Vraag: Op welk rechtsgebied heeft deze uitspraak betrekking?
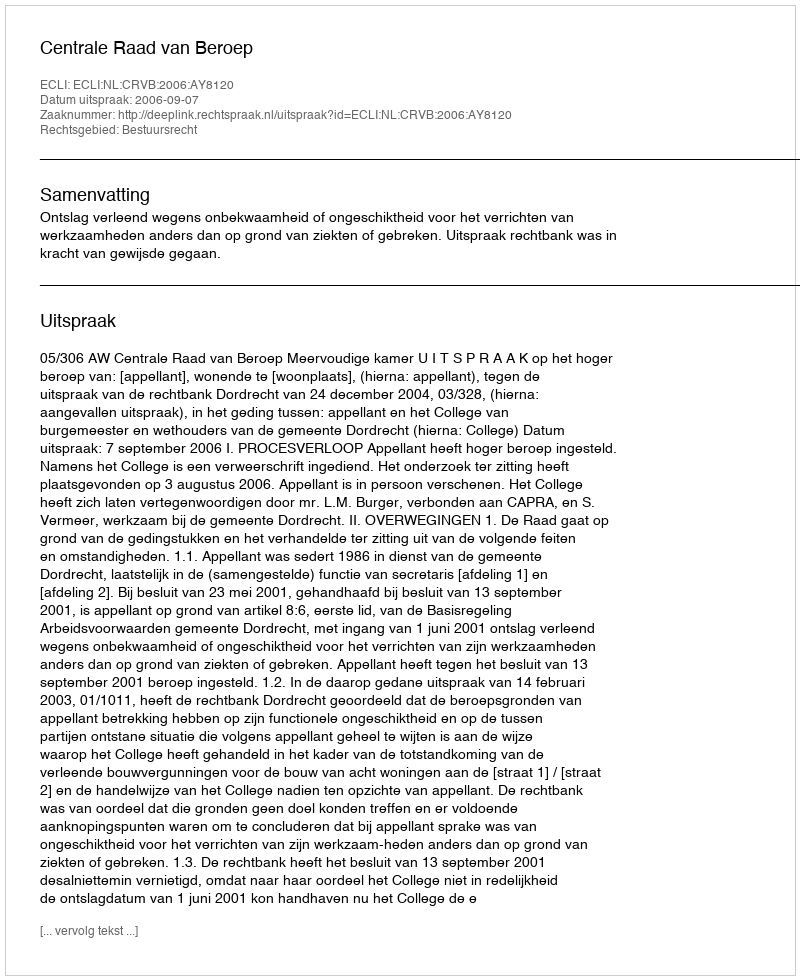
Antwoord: Bestuursrecht